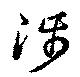
渉